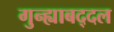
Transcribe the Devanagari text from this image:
गुन्ह्याबद्दल